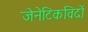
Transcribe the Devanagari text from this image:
जेनेटिकविदों